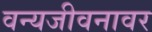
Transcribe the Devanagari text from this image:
वन्यजीवनावर